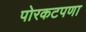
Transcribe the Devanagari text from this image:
पोरकटपणा